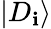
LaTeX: \left|D_{\mathbf{i}}\right>